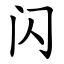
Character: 闪